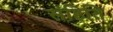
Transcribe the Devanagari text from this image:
संहिति